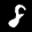
Label: 8